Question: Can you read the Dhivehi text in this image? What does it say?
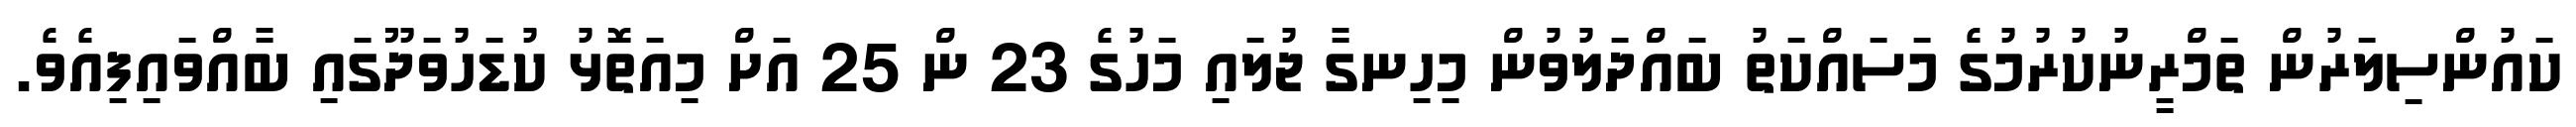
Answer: ކައުންސިލަރުން ތަމްރީނުކުރުމުގެ މަސައްކަތު ބައްދަލުވުން މިހިނގާ ޖުލައި މަހުގެ 23 ން 25 އަށް މިއަތޮޅު ކުޑަހުވަދޫގައި ބާއްވައިފިއެވެ.